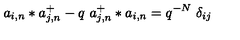
a _ { i , n } * a _ { j , n } ^ { + } - q \ a _ { j , n } ^ { + } * a _ { i , n } = q ^ { - N } \ \delta _ { i j }